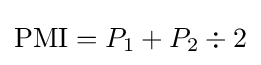
{\mbox{PMI}}=P_{1}+P_{2}\div 2